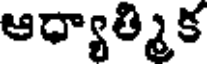
ఆధ్యాత్మిక